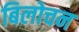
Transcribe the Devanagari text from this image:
बिलोचन